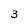
Character: 3